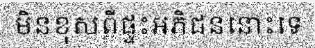
មិនខុសពីផ្ទះអភិជននោះទេ